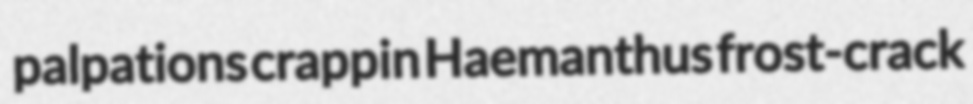
palpations crappin Haemanthus frost-crack